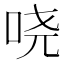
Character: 哓